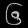
Digit: ၆